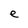
Character: e